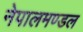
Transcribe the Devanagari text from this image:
नेपालमण्डल